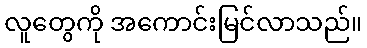
လူတွေကို အကောင်းမြင်လာသည်။